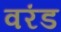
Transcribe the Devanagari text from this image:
वरंड